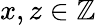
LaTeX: x,z\in\mathbb{Z}